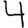
Digit: 4